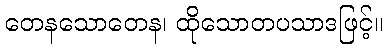
တေနသောတေန၊ ထိုသောတပသာဒဖြင့်။